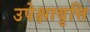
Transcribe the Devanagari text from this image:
उपेक्षावृत्ति